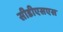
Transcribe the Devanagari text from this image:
सीडीएसएस